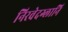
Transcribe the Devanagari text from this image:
निरवेदग्लानि